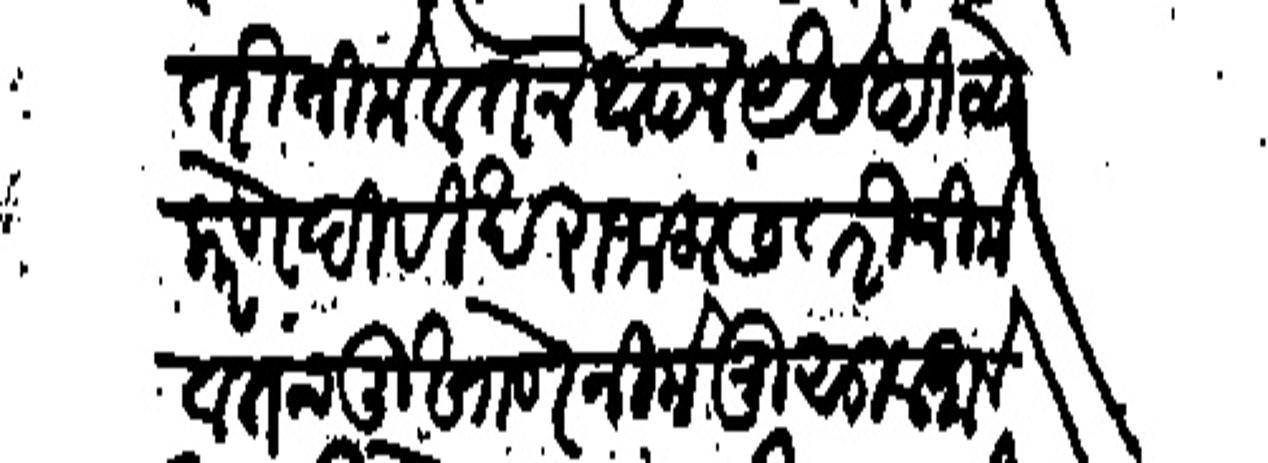
Transliteration (Devanagari): तरी नीमे वतन आपले यैसे दिव्यै करणे दिवी खरा जाहलास तरी नीमे वतन तू खाणे नीमे मुसुलमान